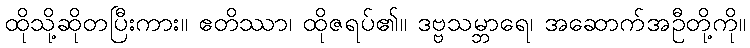
ထိုသို့ဆိုတပြီးကား။ ဧတိဿာ၊ ထိုဇရပ်၏။ ဒဗ္ဗသမ္ဘာရေ၊ အဆောက်အဦတို့ကို။